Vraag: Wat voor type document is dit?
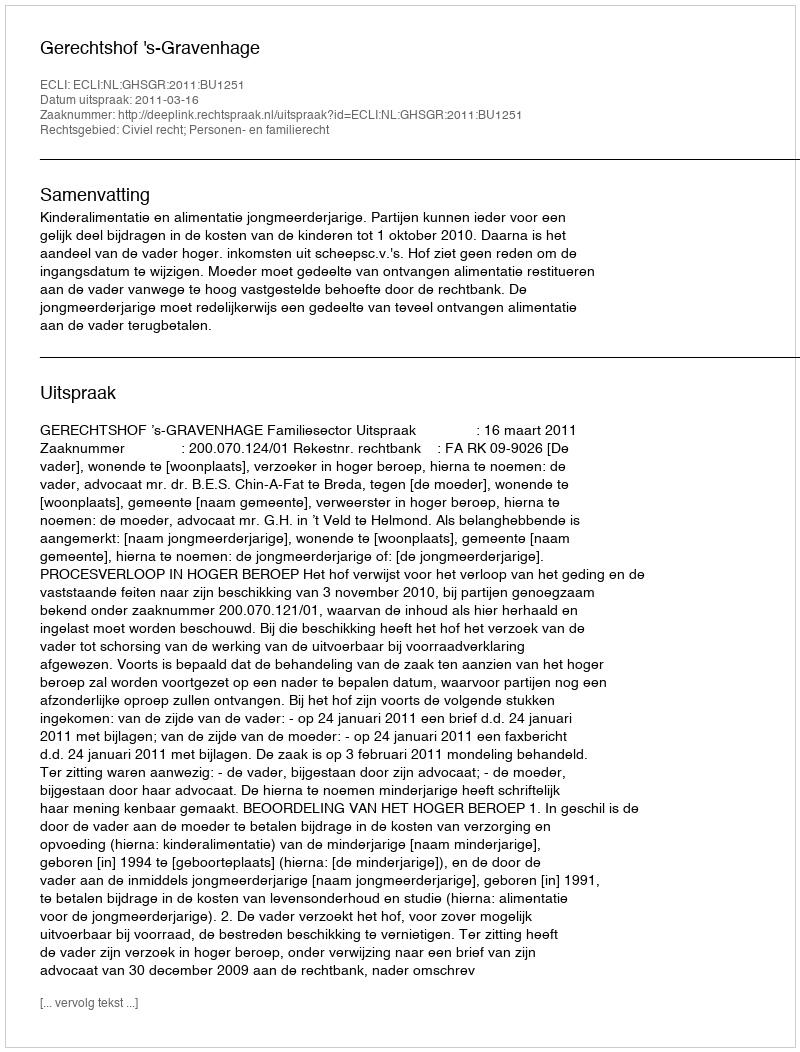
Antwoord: Uitspraak